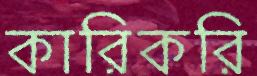
কারিকরি